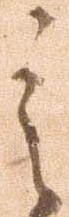
之